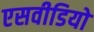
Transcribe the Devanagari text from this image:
एसवीडियो